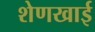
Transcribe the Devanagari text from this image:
शेणखाई